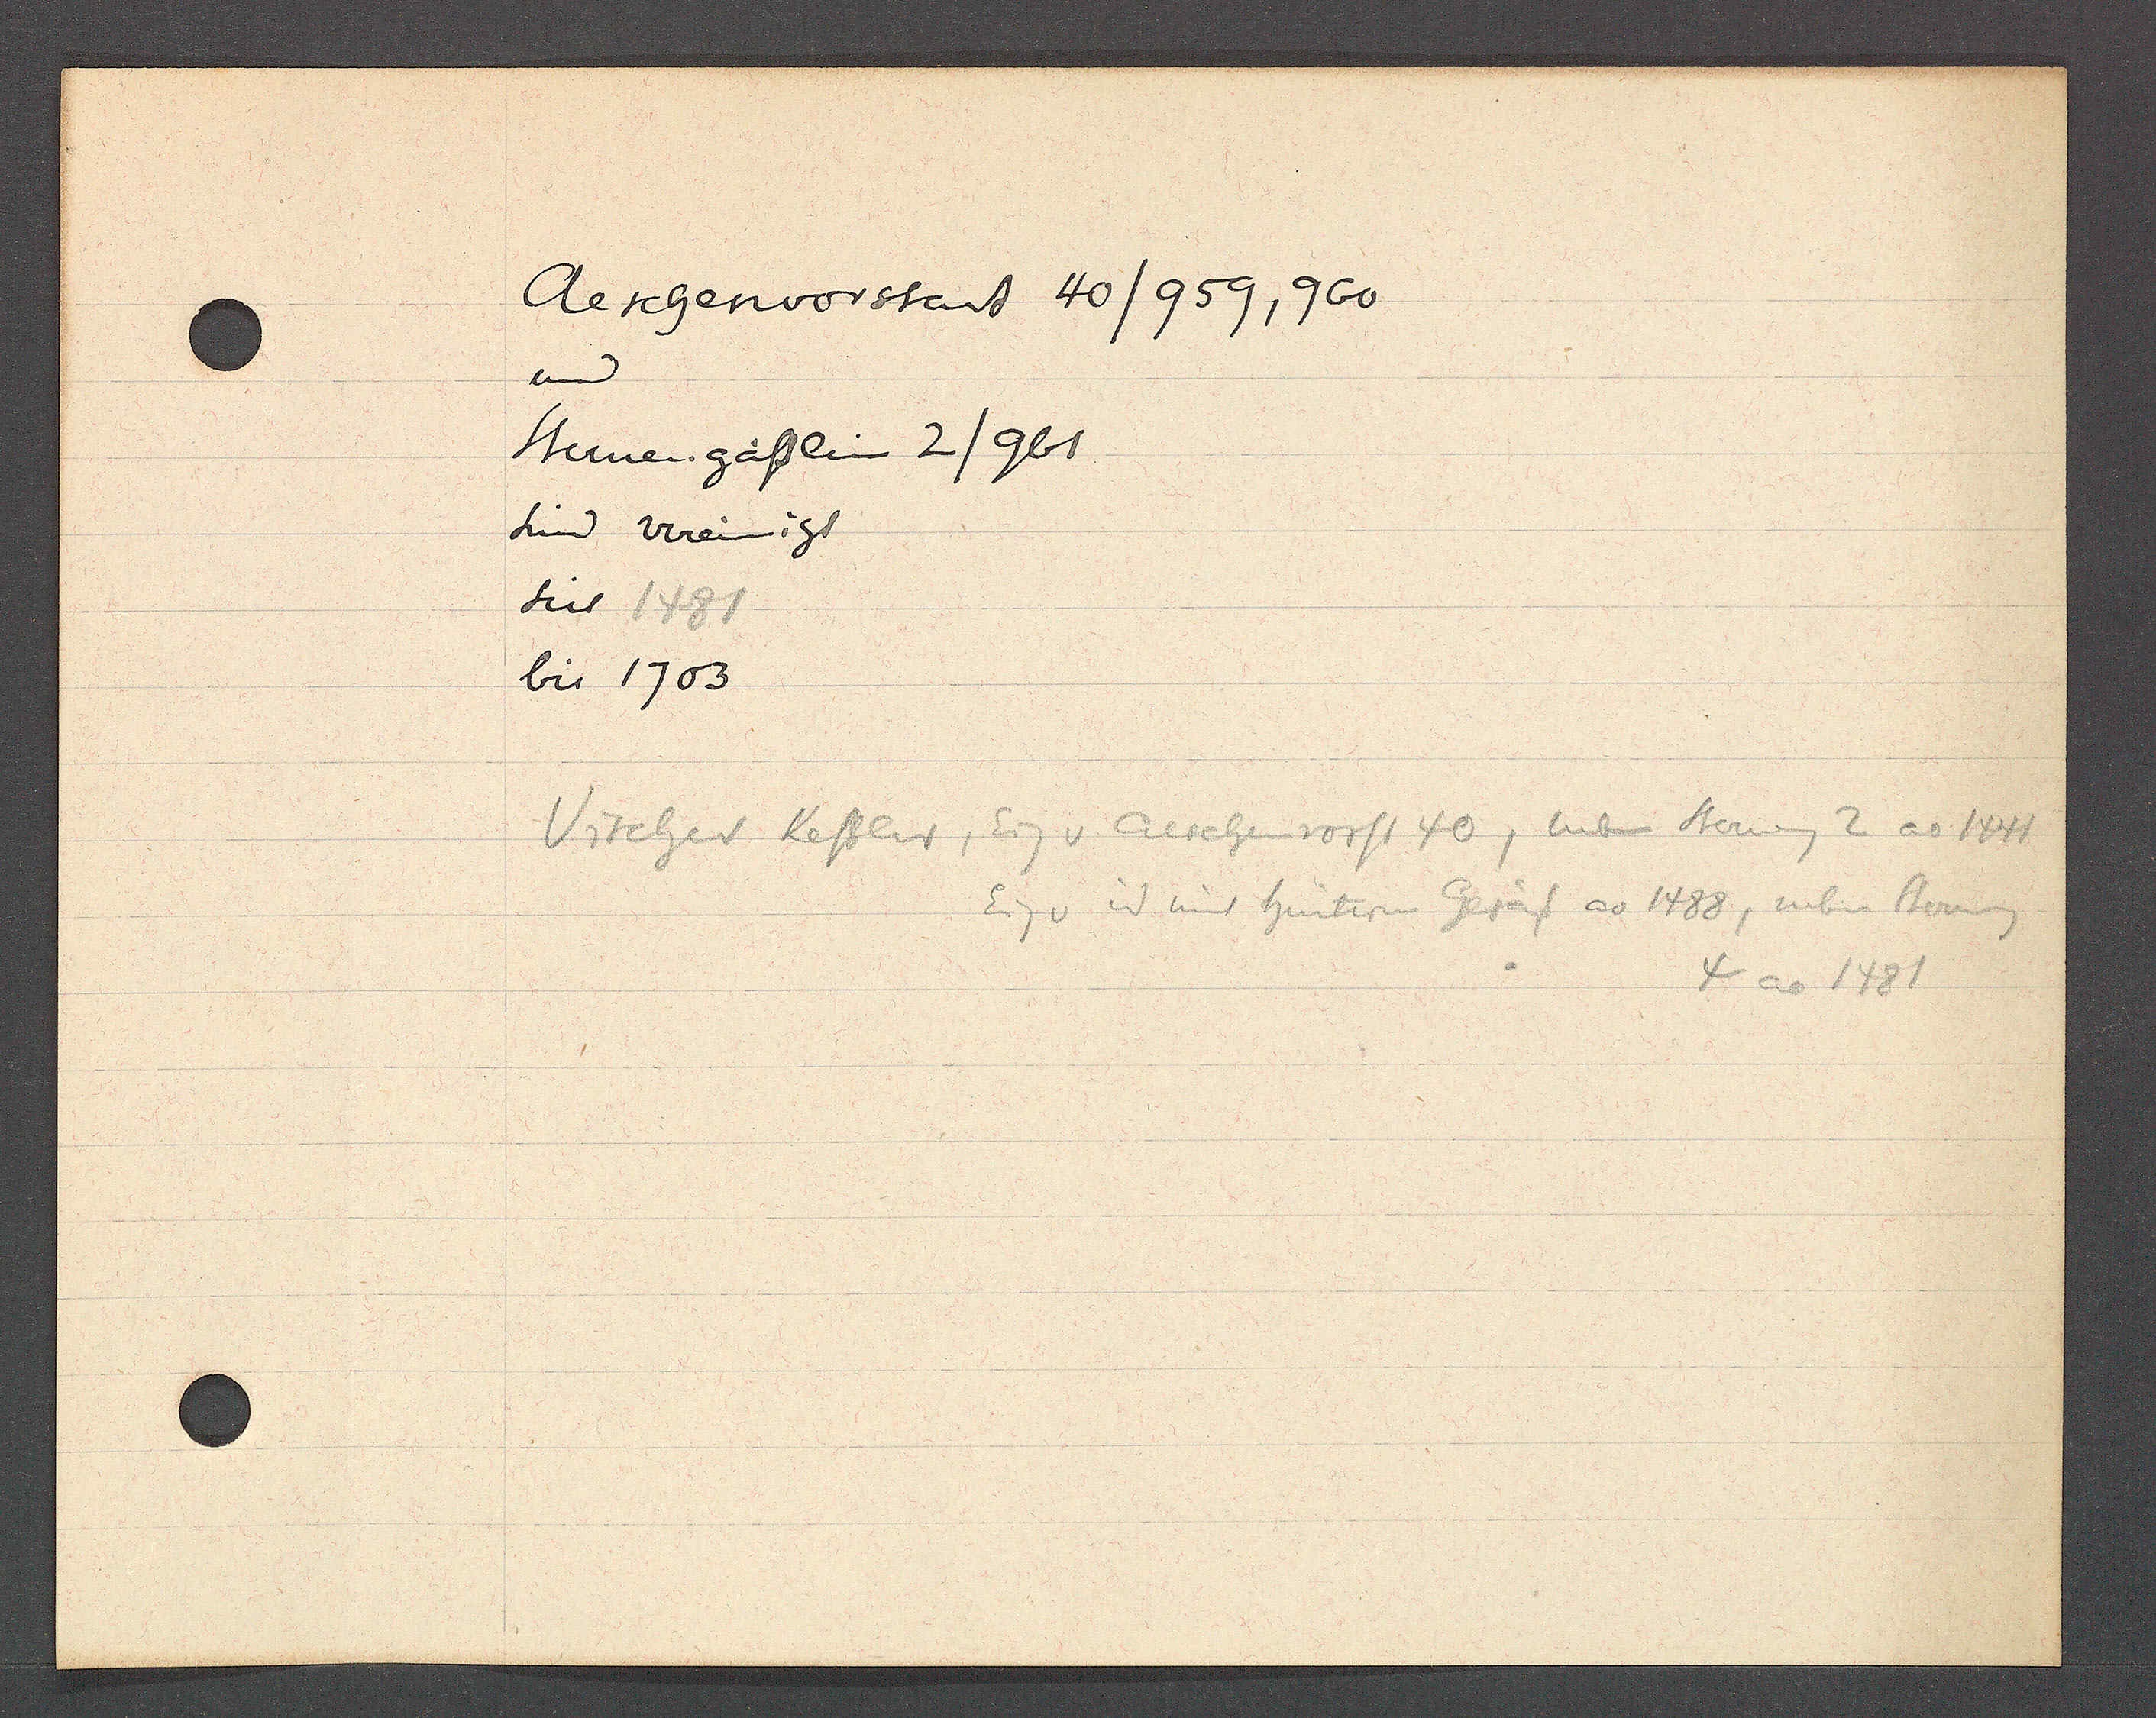
Transcript:
Aeschenvorstad 40/ 959, 960

und
Steinengässlin 2/961
sind vereinigt
seit 1481
bis 1703

Vischer Kessler, Eig v Aeschenvorst 40, neben Sterneng 2 ao 1444
Eig v id mit hinteren Gesäss ao 1488, neben Sterneng
4 ao 1481